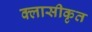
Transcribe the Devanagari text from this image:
क्लासीकृत